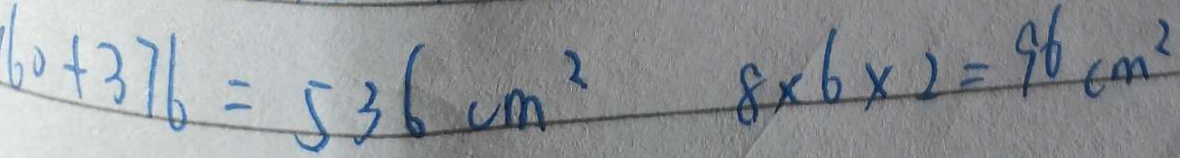
6 0 + 3 7 6 = 5 3 6 c m ^ { 2 } 8 \times 6 \times 2 = 9 6 c m ^ { 2 }